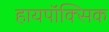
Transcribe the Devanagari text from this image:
हायपॉक्सिक